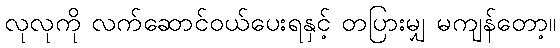
လုလုကို လက်ဆောင်ဝယ်ပေးရနှင့် တပြားမျှ မကျန်တော့။